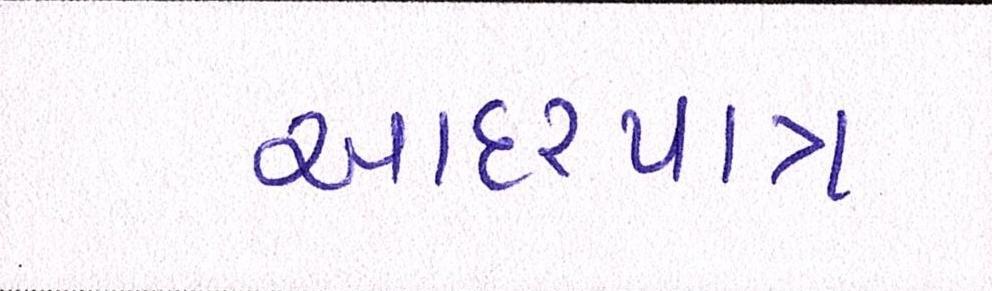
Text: આદરપાત્ર